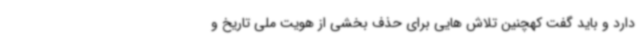
دارد و باید گفت کهچنین تلاش هایی برای حذف بخشی از هویت ملی تاریخ و